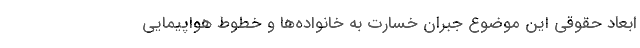
ابعاد حقوقی این موضوع جبران خسارت به خانواده‌ها و خطوط هواپیمایی